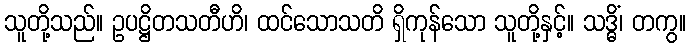
သူတို့သည်။ ဥပဋ္ဌိတသတီဟိ၊ ထင်သောသတိ ရှိကုန်သော သူတို့နှင့်။ သဒ္ဓိံ၊ တကွ။